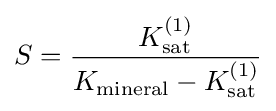
S={\frac {K_{\mathrm {sat} }^{(1)}}{K_{\mathrm {mineral} }-K_{\mathrm {sat} }^{(1)}}}